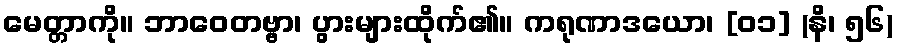
မေတ္တာကို။ ဘာဝေတဗ္ဗာ၊ ပွားများထိုက်၏။ ကရုဏာဒယော၊ [၀၁] (နိ၊ ၅၆)